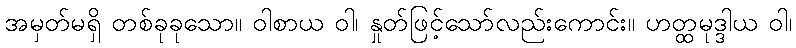
အမှတ်မရှိ တစ်ခုခုသော။ ဝါစာယ ဝါ၊ နှုတ်ဖြင့်သော်လည်းကောင်း။ ဟတ္ထမုဒ္ဒါယ ဝါ၊